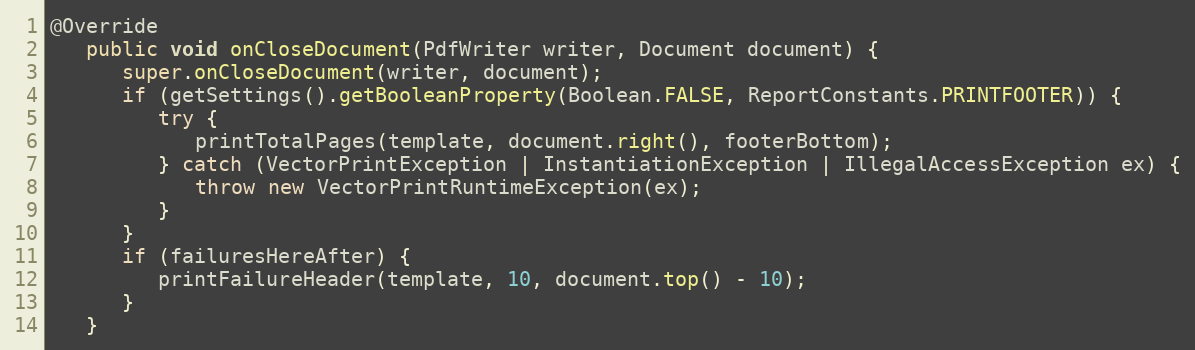
Language: Java
@Override
   public void onCloseDocument(PdfWriter writer, Document document) {
      super.onCloseDocument(writer, document);
      if (getSettings().getBooleanProperty(Boolean.FALSE, ReportConstants.PRINTFOOTER)) {
         try {
            printTotalPages(template, document.right(), footerBottom);
         } catch (VectorPrintException | InstantiationException | IllegalAccessException ex) {
            throw new VectorPrintRuntimeException(ex);
         }
      }
      if (failuresHereAfter) {
         printFailureHeader(template, 10, document.top() - 10);
      }
   }